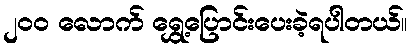
၂၀၀ လောက် ရွှေ့ပြောင်းပေးခဲ့ရပါတယ်။